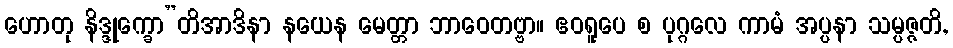
ဟောတု နိဒ္ဒုက္ခော”တိအာဒိနာ နယေန မေတ္တာ ဘာဝေတဗ္ဗာ။ ဧဝရူပေ စ ပုဂ္ဂလေ ကာမံ အပ္ပနာ သမ္ပဇ္ဇတိ,